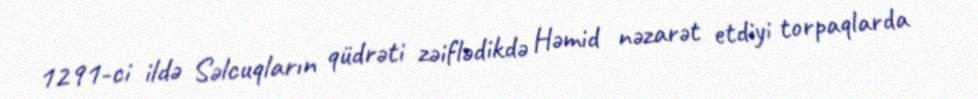
1291-ci ildə Səlcuqların qüdrəti zəiflədikdə Həmid nəzarət etdiyi torpaqlarda